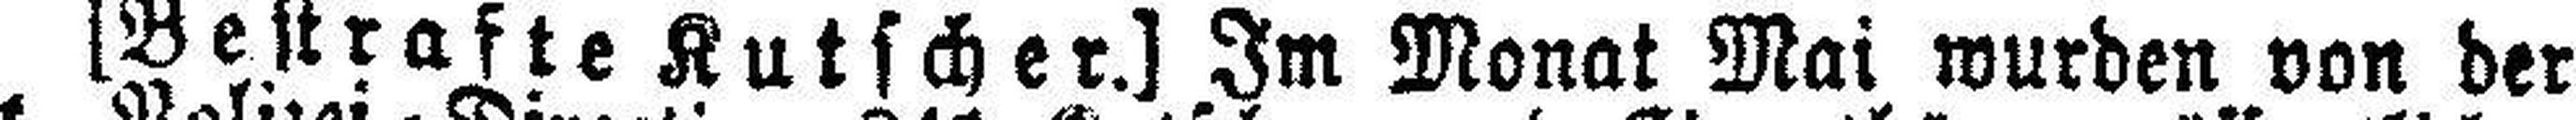
[Bestrafte Kutscher.] Im Monat Mai wurden von der